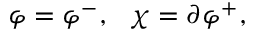
\varphi = \varphi ^ { - } , ~ ~ \chi = \partial \varphi ^ { + } ,